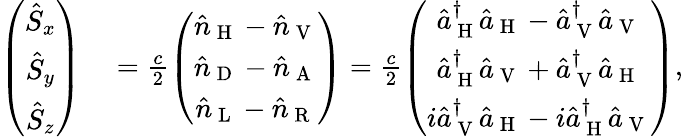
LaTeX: \begin{array}{rl}{\left(\begin{array}{c}{\hat{S}_{x}}\\ {\hat{S}_{y}}\\ {\hat{S}_{z}}\end{array}\right)}&{{}=\frac{c}{2}\left(\begin{array}{c}{\hat{n}_{\mathrm{~H~}}-\hat{n}_{\mathrm{~V~}}}\\ {\hat{n}_{\mathrm{~D~}}-\hat{n}_{\mathrm{~A~}}}\\ {\hat{n}_{\mathrm{~L~}}-\hat{n}_{\mathrm{~R~}}}\end{array}\right)=\frac{c}{2}\left(\begin{array}{c}{\hat{a}_{\mathrm{~H~}}^{\dagger}\hat{a}_{\mathrm{~H~}}-\hat{a}_{\mathrm{~V~}}^{\dagger}\hat{a}_{\mathrm{~V~}}}\\ {\hat{a}_{\mathrm{~H~}}^{\dagger}\hat{a}_{\mathrm{~V~}}+\hat{a}_{\mathrm{~V~}}^{\dagger}\hat{a}_{\mathrm{~H~}}}\\ {i\hat{a}_{\mathrm{~V~}}^{\dagger}\hat{a}_{\mathrm{~H~}}-i\hat{a}_{\mathrm{~H~}}^{\dagger}\hat{a}_{\mathrm{~V~}}}\end{array}\right),}\end{array}